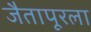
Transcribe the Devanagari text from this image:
जैतापूरला